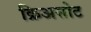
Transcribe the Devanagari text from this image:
क्रिअसोट